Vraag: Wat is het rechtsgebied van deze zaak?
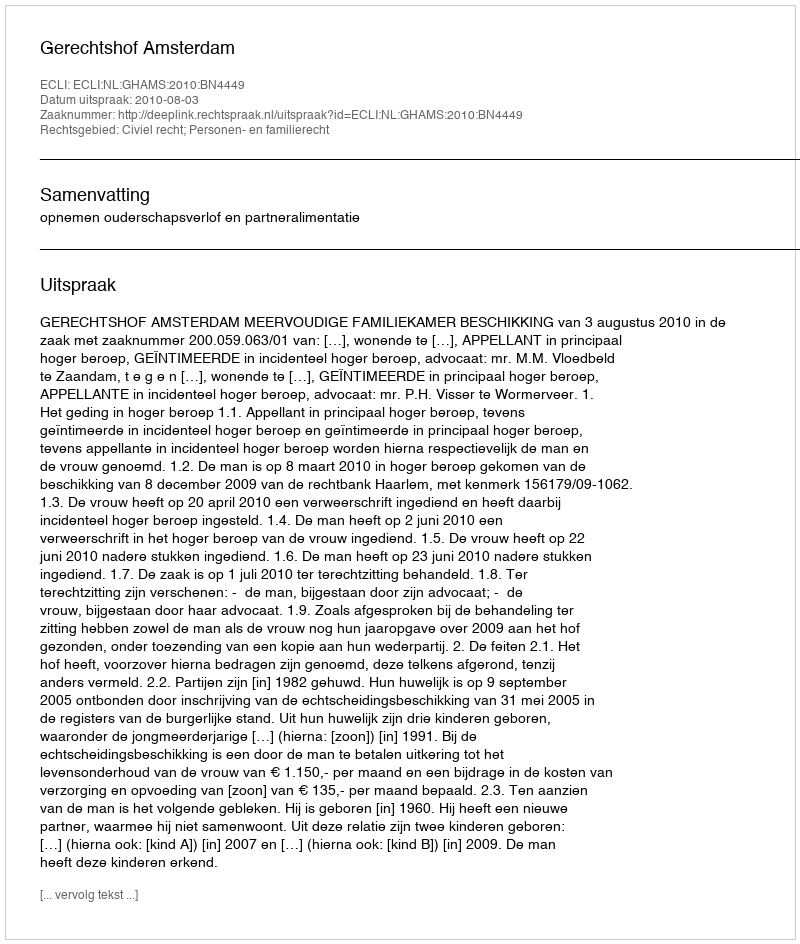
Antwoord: Civiel recht; Personen- en familierecht